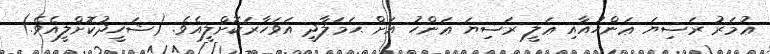
ޢުމަރު ރަޟިޔަ ޢަންހުއާއި ޢަލީ ރަޟިޔަ ޢަންހު އަށް ޙަމަލާދީ އަވަހާރަކޮށްލީއެވެ. (ޝަހީދުކޮށްލީއެވެ.)